Civil Veterinary Department. United Provinces 1912-22 - 1912-1922
Year: 1912
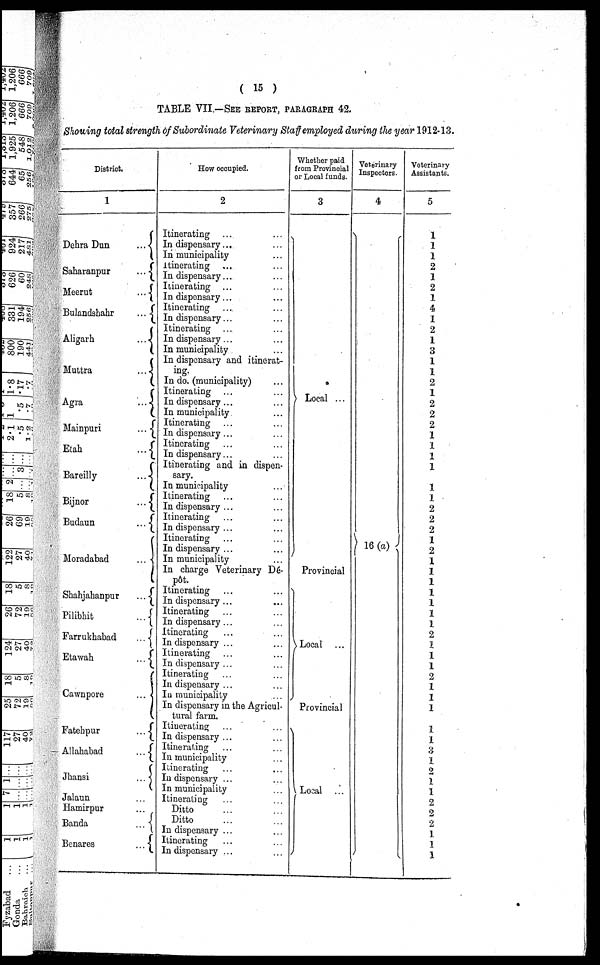
( 15 )
TABLE VII—SEE REPORT, PARAGRAPH 42,
Showing total strength of Subordinate Veterinary Staff employed during the year 1912-13.
District.
1
Dehra Dun
...
Saharanpur
...
Meerut
...
Bulandshahr
...
Aligarh
...
Muttra
...
Agra
...
Mainpuri
...
Etah
...
Bareilly
...
Bijnor
...
Budaun
...
Moradabad
...
Shahjahanpur
...
Pilibhit
...
Farrukhabad
...
Etawah
...
Cawnpore
...
Fatehpur
...
Allahabad
...
Jhansi
...
Jalaun ...
Hamirpur ...
Banda
...
Benares
...
How occupied.
2
Itinerating
...
...
In dispensary ... ...
In municipality …
Itinerating …
In dispensary ... ...
Itinerating
In dispensary ... ...
Itinerating … …
In dispensary ... ...
Itinerating
In dispensary ... ...
In municipality ...
In dispensary and itinerat-
----
in do. (municipality)
Itinerating ... ...
In dispensary ... ...
In municipality …
Itinerating … …
In dispensary ... ...
Itinerating … …
In dispensary ... ...
Itinerating and in dispen-
sary.
In municipality ... …
Itinerating … …
In dispensary ... ...
Itinerating … …
In dispensary ... ...
Itinerating … …
In dispensary ... ...
In municipality … …
In charge Veterinary Dé-
pôt. pôt.
Itinerating … …
In dispensary ... ...
Itinerating
...
...
In dispensary ... ...
Itinerating ... ...
In dispensary ... ...
Itinerating ... ...
In dispensary ... ...
Itinerating
In dispensary ... ...
In municipality ...
In dispensary in the Agricul-
tural farm.
Itinerating ... ...
In dispensary ... ...
Itinerating
In municipality … …
Itinerating … …
In dispensary ... ...
In municipality … …
Itinerating ... ...
Ditto ... ...
Ditto … …
In dispensary ... ...
Itinerating … …
In dispensary ... ...
Whether paid
from Provincial
or Local funds.
3
Local ...
Provincial
Local
...
Provincial
Local ...
Veterinary
Inspectors.
4
16 (a)
Veterinary
Assistants.
5
1
1
1
2
1
2
1
4
1
2
1
3
1
1
2
1
2
2
2
1
1
1
1
1
1
2
2
2
1
2
1
1
1
1
1
1
1
2
1
1
1
2
1
1
1
1
1
3
1
2
1
1
2
2
2
1
1
1